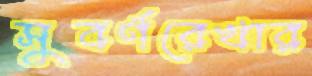
সুবর্ণরেখার